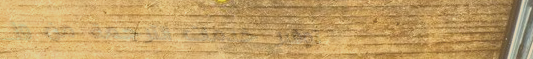
توفير خدمات الترجمة من وإ